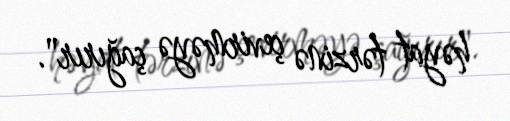
həyat tərzinə çevirməyə çağırır".